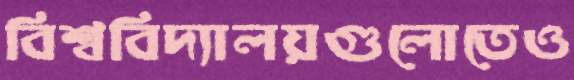
বিশ্ববিদ্যালয়গুলোতেও